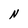
Character: N